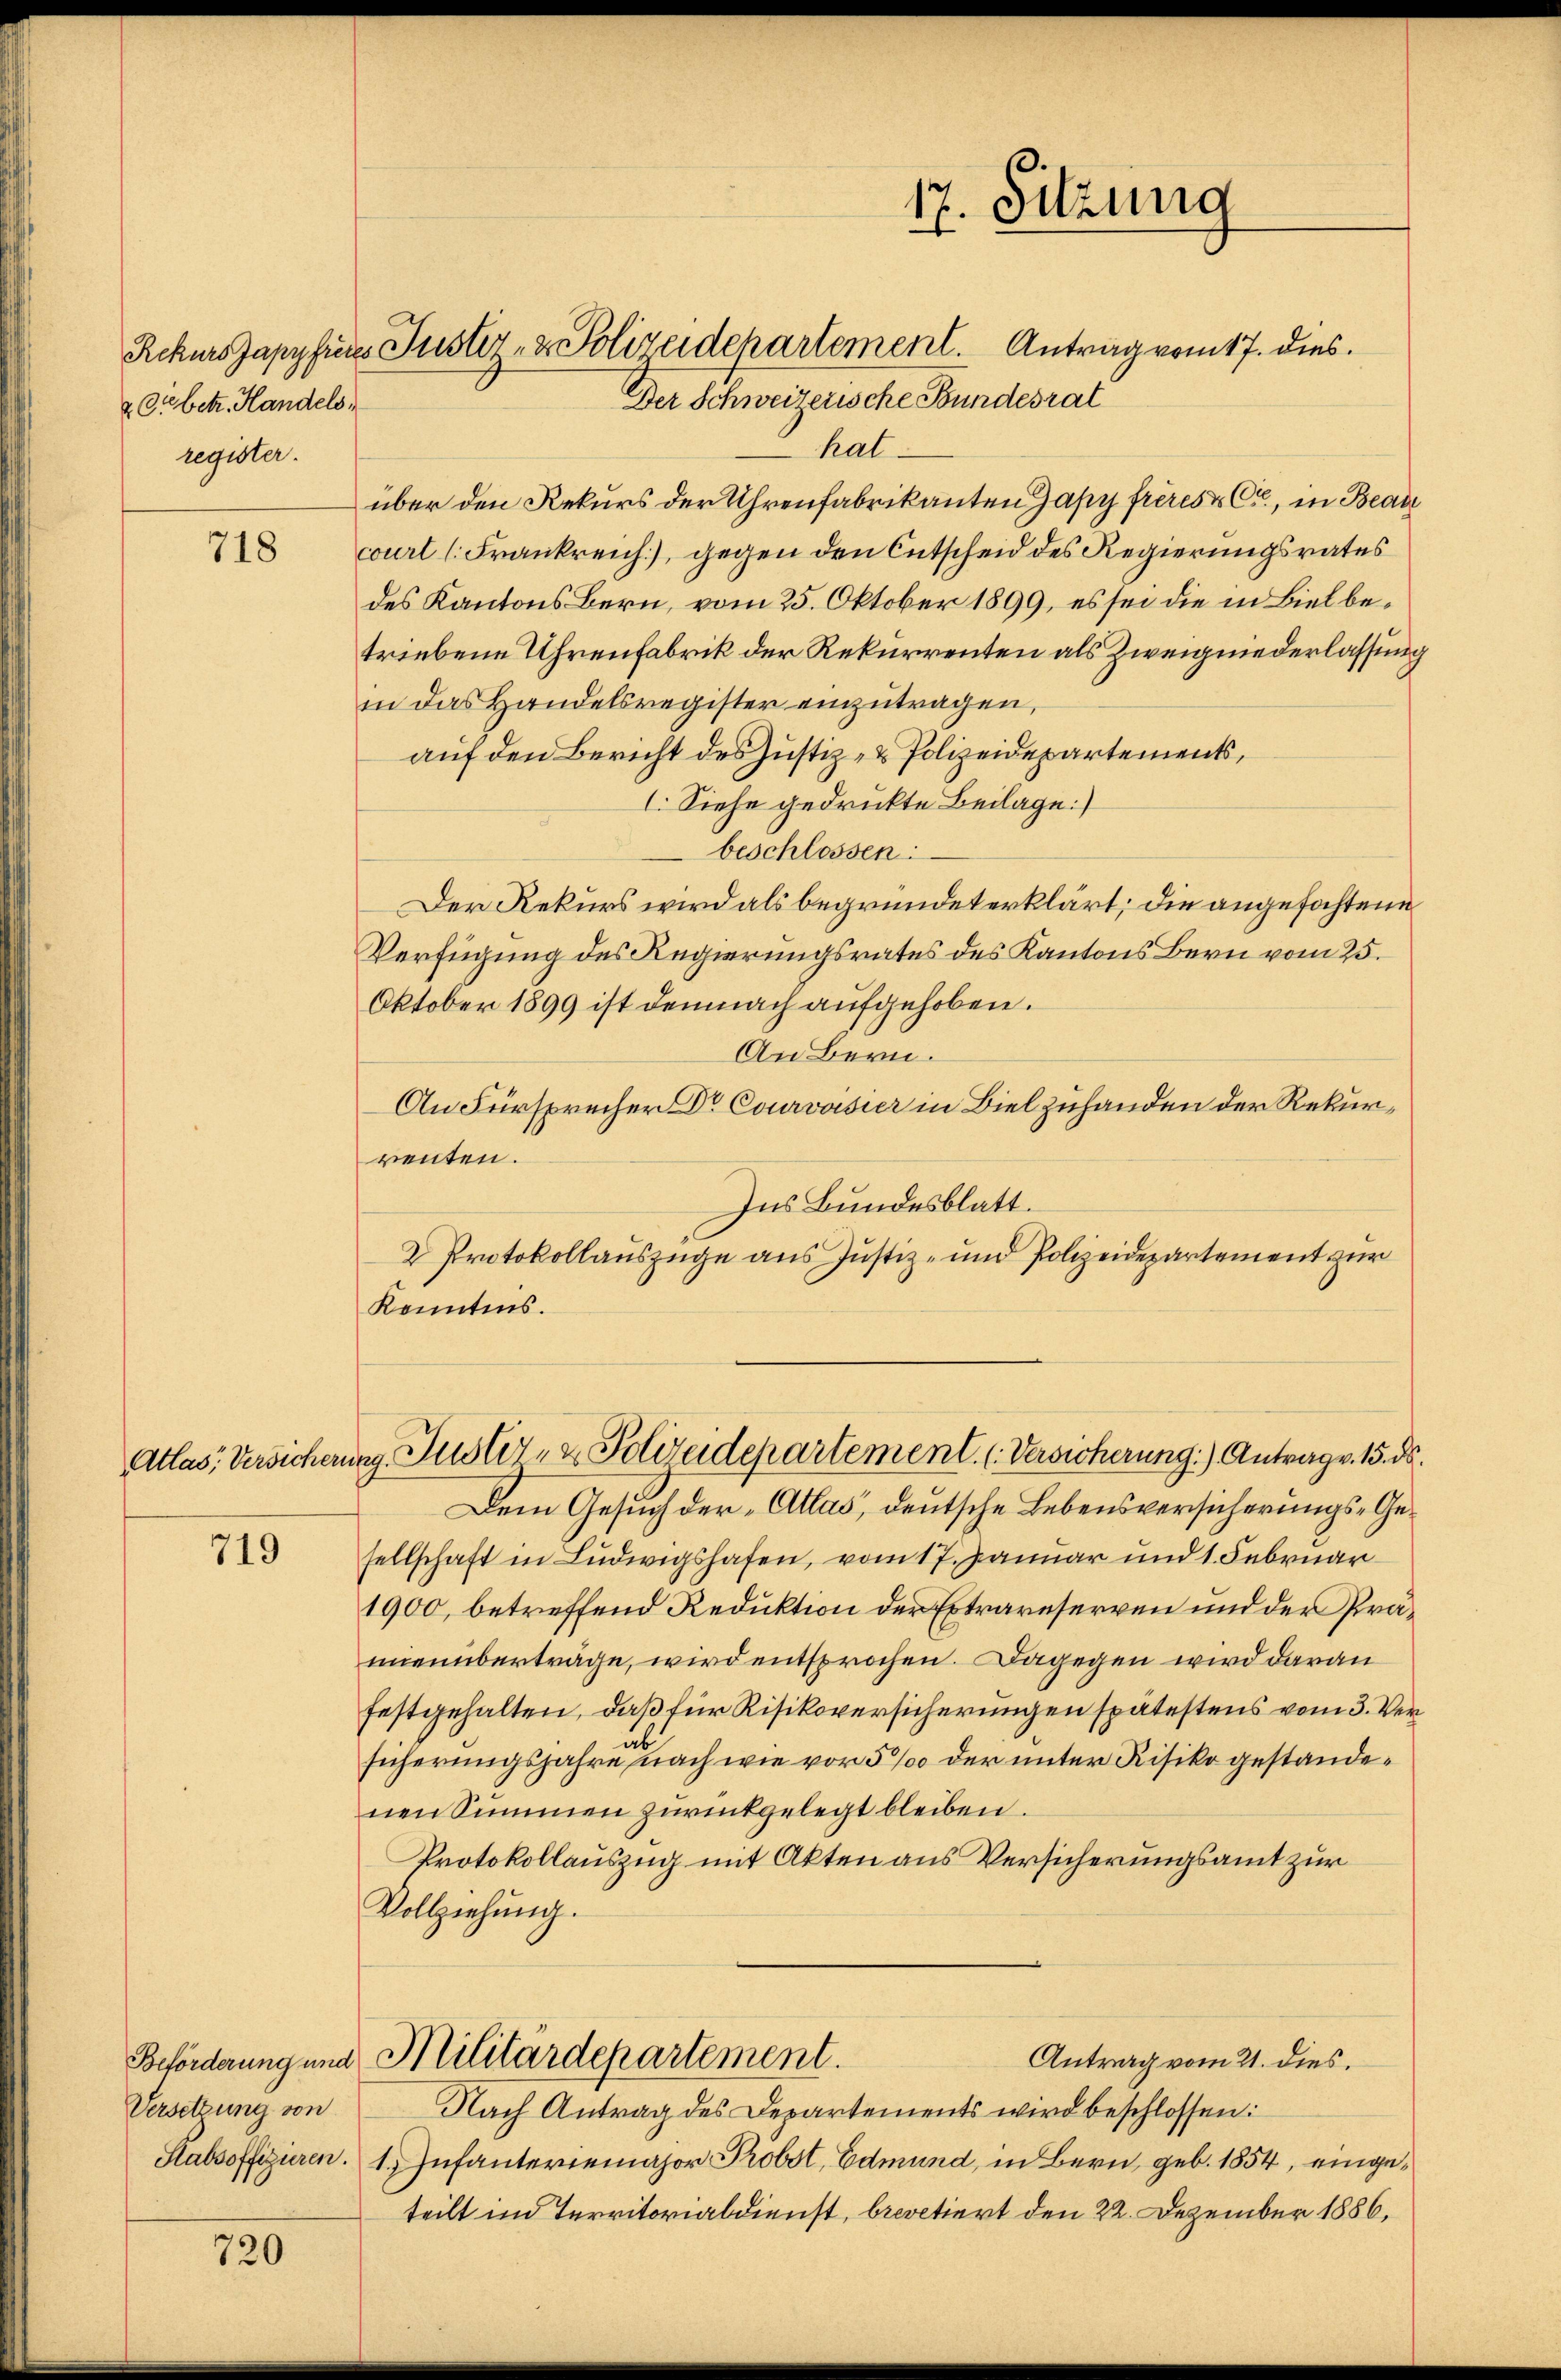
204 betr. Handels
register.

718

Atlas Versicher

719

Beförderung und
Versetzung von

720

Der Schweizerische Bundesrat
hat
über den Rekurs der Uhrenfabrikanten Zapy frères & Cie, in Beau
court (Frankreich), gegen den Entscheid des Regierungsrates
des Kantons Bern, vom 25. Oktober 1899, es sei die in Biel betriebene Uhrenfabrik der Rekurrenten als Zweigniederlassung
in das Handelsregister einzutragen,
auf den Bericht des Justiz- & Polizeidepartements,
I. Siehe gedruckte Beilage)
beschlossen:
Der Rekurs wird als begründet erklärt; die angefochtene
Verfügung des Regierungsrates des Kantons Bern vom 25.
Oktober 1899 ist demnach aufgehoben.
An Bern.
An Fürsprecher Dr Courvoisier in Biel zuhanden der Rekurrenten.
Ins Bundesblatt.
2 Protokollauszüge aus Justiz- und Polizeidepartement zur
Kenntnis.

RekursJapyfieres Justiz- & Polizeidepartement. Antrag vom 17. dies

17. Sitzung

a Justiz- & Polizeidepartement. (Versicherung.) Antrag v. 15. ds.

Dem Gesuch der „Atlas, deutsche Lebensversicherungs-Gesellschaft in Ludwigshafen, vom 17. Januar und 1. Februar
1900, betreffend Reduktion der Extrareserven und der Präunenüberträge, wird entsprochen. Dagegen wird daran
festgehalten, daß für Risikoversicherungen spätestens vom 3. Versicherungsjahre nach wie vor 5 % der unter Risiko gestandenen Summen zurückgelegt bleiben.
Protokollauszug mit Akten aus Versicherungsamt zur
Vollziehung.
Militärdepartement.
Antrag vom 21. dies.
Nach Antrag des Departements wird beschlossen:
Stabsoffiziren. 1) Infanteriemajor Probst, Edmund, in Bern, geb. 1854, eingeteilt im Territorialdienst, brevetiert den 22. Dezember 1886,